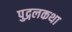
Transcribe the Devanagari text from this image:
पुद्गलकथा